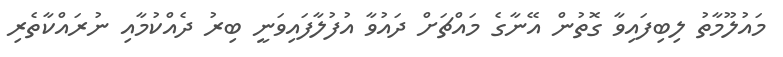
މައުލޫމާތު ލިބިފައިވާ ގޮތުން އޭނާގެ މައްޗަށް ދައުވާ އުފުލާފައިވަނީ ބިރު ދެއްކުމާއި ނުރައްކާތެރި